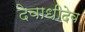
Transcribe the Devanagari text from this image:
देवाधीदेव